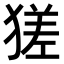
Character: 𤠝